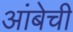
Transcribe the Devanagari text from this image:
आंबेची